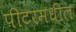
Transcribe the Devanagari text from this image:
पीटरमधील